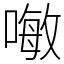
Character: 𠽊